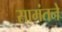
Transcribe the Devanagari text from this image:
सामंतने